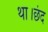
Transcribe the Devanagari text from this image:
था।छंद